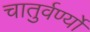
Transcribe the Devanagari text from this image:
चातुर्वर्ण्यों